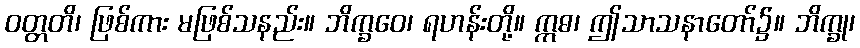
ဝတ္တတိ၊ ဖြစ်ကား မဖြစ်သနည်း။ ဘိက္ခဝေ၊ ရဟန်းတို့။ ဣဓ၊ ဤသာသနာတော်၌။ ဘိက္ခု၊